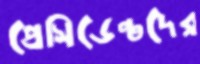
প্রেসিডেন্টদের